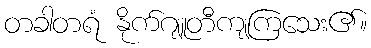
တခါတရံ နိုက်ဂျူတီကျကြသေး၏။